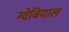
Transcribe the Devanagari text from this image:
ग्वेबियाल